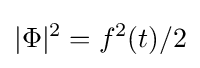
|\Phi |^{2}=f^{2}(t)/2